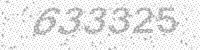
Solution: 633325